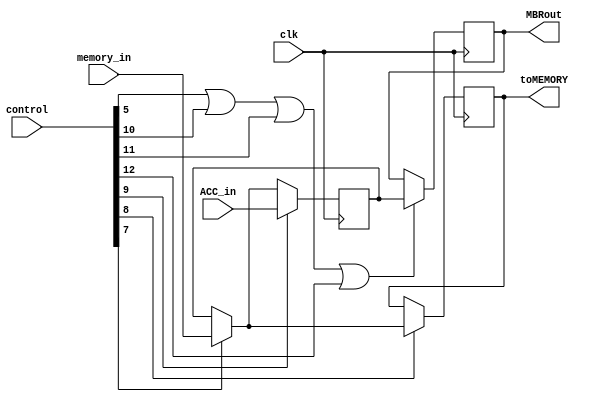
`timescale 1ns / 1ps
//////////////////////////////////////////////////////////////////////////////////
// Company: 
// Engineer: 
// 
// Design Name: 
// Module Name: mbr
// Project Name: 
// Target Devices: 
// Tool Versions: 
// Description: 
// 
// Dependencies: 
// 
// Revision:
// Revision 0.01 - File Created
// Additional Comments:
// 
//////////////////////////////////////////////////////////////////////////////////


module mbr(
    input clk,
    input [24:0]control,
    input [15:0] memory_in,
    input [15:0] ACC_in,
    output reg [15:0] toMEMORY,
    output reg [15:0] MBRout
    );
    reg [15:0] data_buffer;
    initial
    begin
    data_buffer=0;
    MBRout=0;
    end
     always@(posedge clk)
     begin
     if(control[5]==1|control[10]==1|control[11]==1|control[12]==1) MBRout = data_buffer;
     if(control[7]==1) data_buffer = memory_in;
     if(control[8]==1) toMEMORY  = data_buffer;
     if(control[9]==1) data_buffer = ACC_in;
//     if(control[10]==1) MBRout = data_buffer;
//     if(control[11]==1) MBRout = data_buffer;
//     if(control[12]==1) MBRout = data_buffer;
     end
endmodule